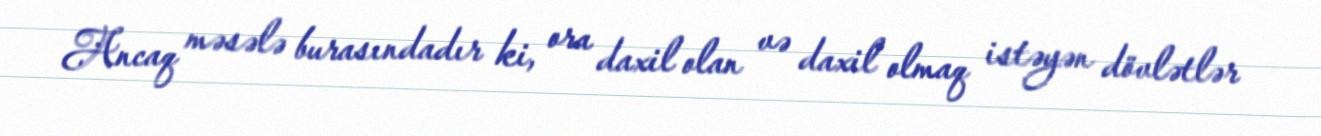
Ancaq məsələ burasındadır ki, ora daxil olan və daxil olmaq istəyən dövlətlər